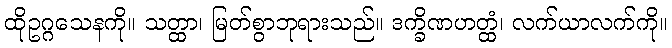
ထိုဥဂ္ဂသေနကို။ သတ္ထာ၊ မြတ်စွာဘုရားသည်။ ဒက္ခိဏဟတ္ထံ၊ လက်ယာလက်ကို။